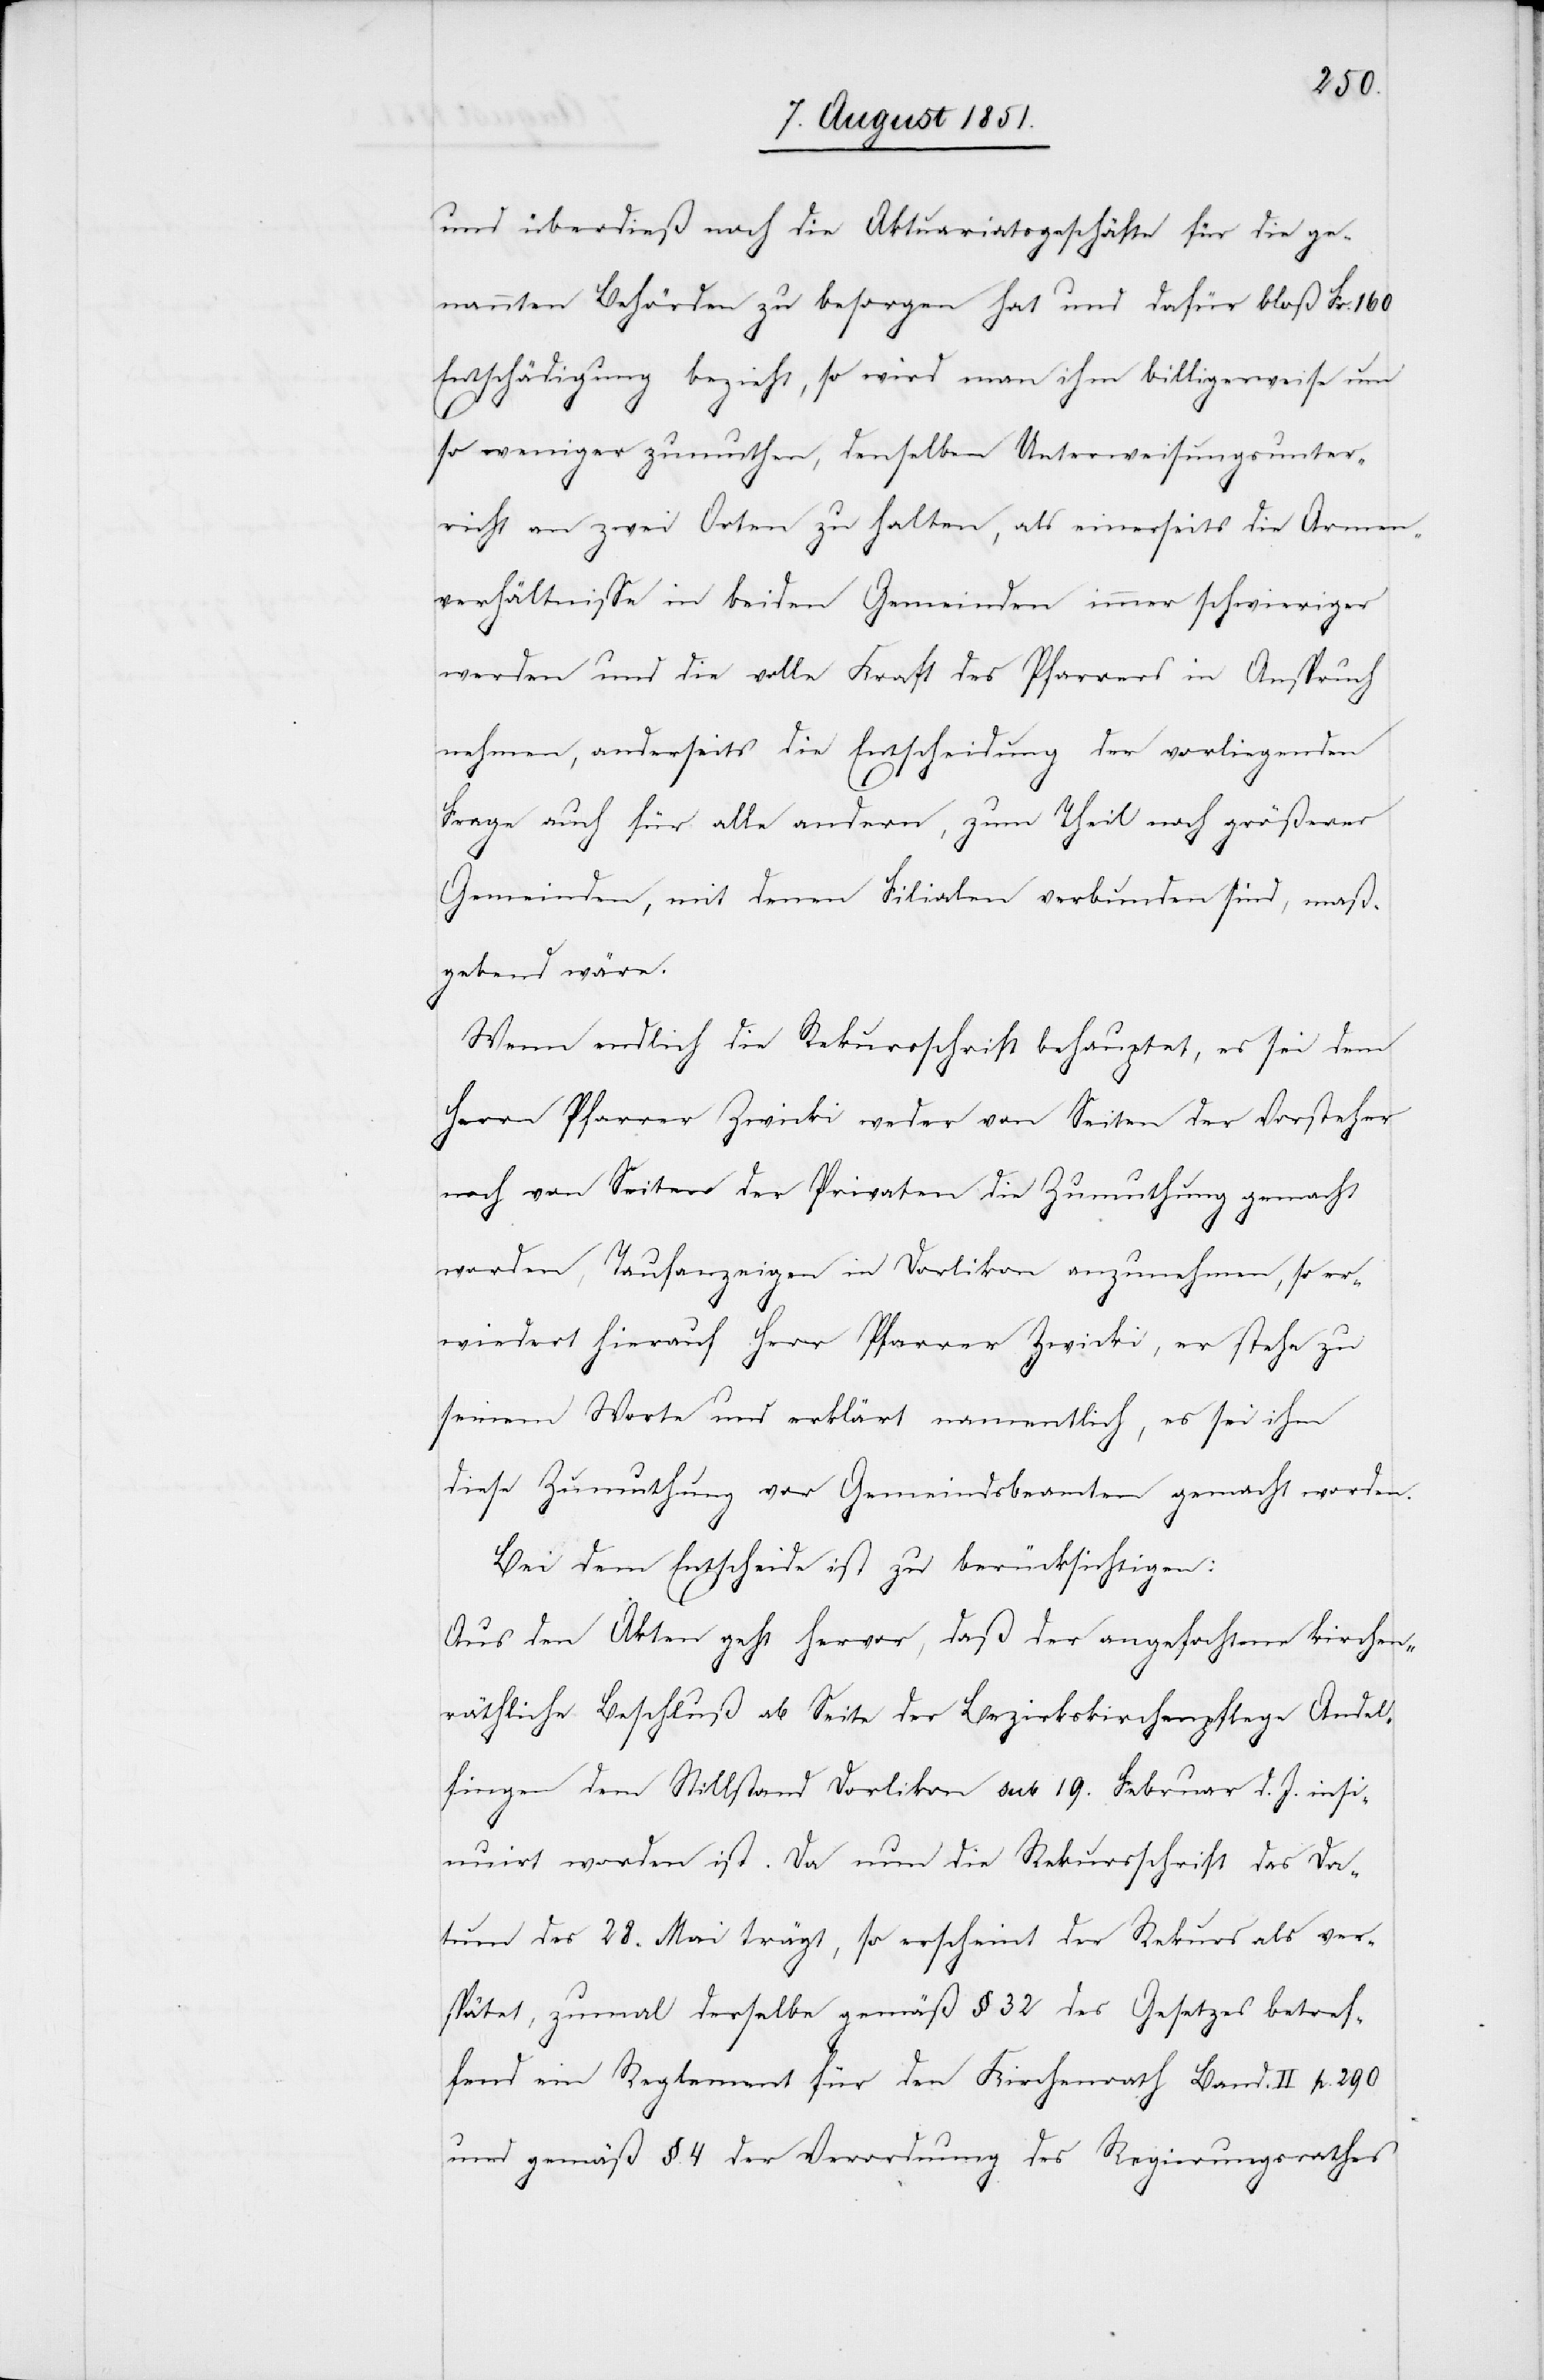
und überdieß noch die Aktuariatsgeschäfte für die ge¬
nannten Behörden zu besorgen hat und dafür bloß Fr. 160
Entschädigung bezieht, so wird man ihm billigerweise um
so weniger zumuthen, denselben Unterweisungsunter¬
richt an zwei Orten zu halten, als einerseits die Armen¬
verhältnisse in beiden Gemeinden immer schwieriger
werden und die volle Kraft des Pfarrers in Anspruch
nehmen, anderseits die Entscheidung der vorliegenden
Frage auch für alle andern, zum Theil noch größerer
Gemeinden, mit denen Filialen verbunden sind, maß¬
gebend wäre.
Wenn endlich die Rekursschrift behauptet, es sei dem
Herrn Pfarrer Zwicki weder von Seiten der Vorsteher
noch von Seiten der Privaten die Zumuthung gemacht
worden, Taufanzeigen in Dorlikon anzunehmen, so er¬
wiedert hierauf Herr Pfarrer Zwicki, er stehe zu
seinem Worte und erklärt namentlich, es sei ihm
diese Zumuthung vor Gemeindsbeamten gemacht worden.
Bei dem Entscheide ist zu berücksichtigen:
Aus den Akten geht hervor, daß der angefochtene kirchen¬
räthliche Beschluß ab Seite der Bezirkskirchenpflege Andel¬
fingen dem Stillstand Dorlikon sub 19. Februar d. J. insi¬
nuiert worden ist. Da nun die Rekursschrift das Da¬
tum des 28. Mai trägt, so erscheint der Rekurs als ver¬
spätet, zumal derselbe gemäß § 32 des Gesetzes betref¬
fend ein Reglement für den Kirchenrath Band. II p. 290
und gemäß §. 4 der Verordnung des Regierungsrathes